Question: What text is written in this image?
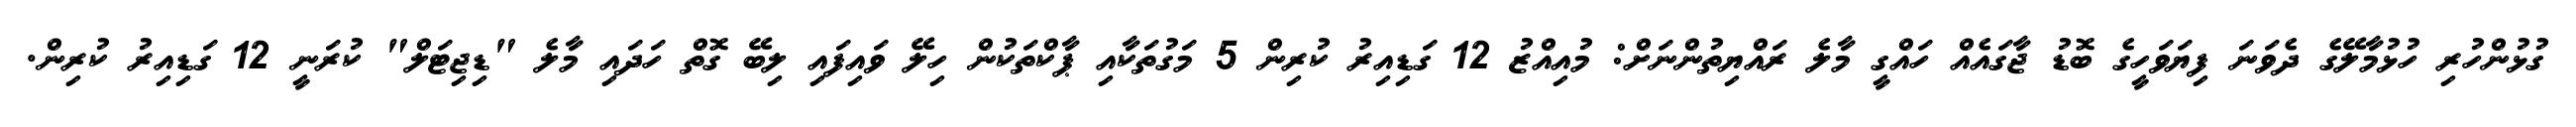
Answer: ގުޅުންހުރި ހުޅުމާލޭގެ ދެވަނަ ފިޔަވަހީގެ ބޮޑު ޖާގައެއް ހައްގީ މާލެ ރައްޔިތުންނަށް: މުއިއްޒު 12 ގަޑިއިރު ކުރިން 5 މަގުތަކާއި ޕާކްތަކުން ހިލޭ ވައިފައި ލިބޭ ގޮތް ހަދައި މާލެ "ޑިޖިޓަލް" ކުރަނީ 12 ގަޑިއިރު ކުރިން.